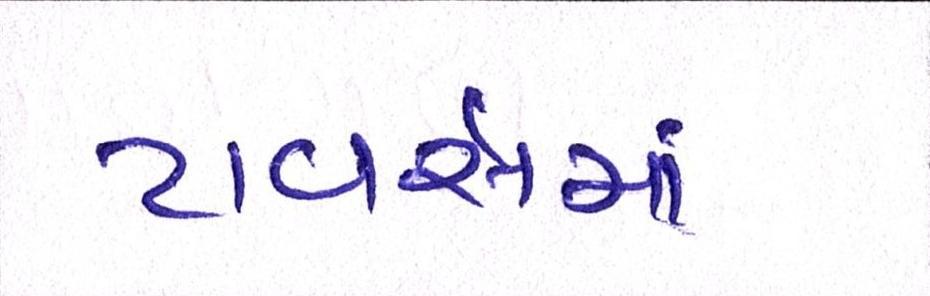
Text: ટાવર્સમાં